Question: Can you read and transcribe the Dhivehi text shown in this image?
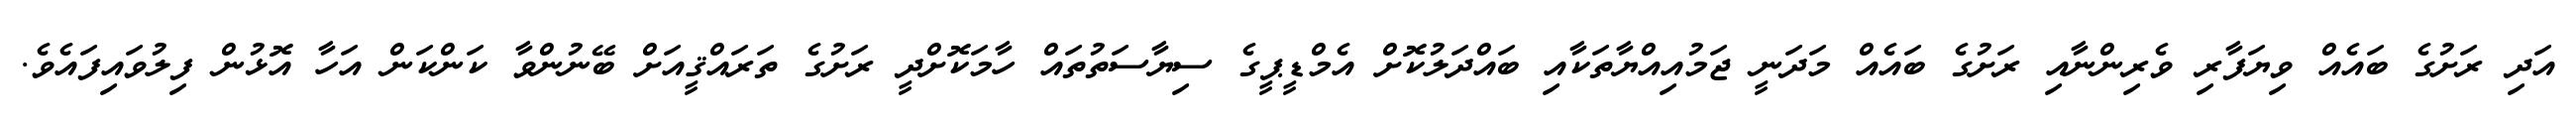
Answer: އަދި ރަށުގެ ބައެއް ވިޔަފާރި ވެރިންނާއި ރަށުގެ ބައެއް މަދަނީ ޖަމުއިއްޔާތަކާއި ބައްދަލުކޮށް އެމްޑީޕީގެ ސިޔާސަތުތައް ހާމަކޮށްދީ ރަށުގެ ތަރައްޤީއަށް ބޭނުންވާ ކަންކަން އަހާ އޮޅުން ފިލުވައިފައެވެ.